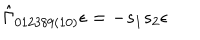
LaTeX: \hat { \Gamma } _ { 0 1 2 3 8 9 ( 1 0 ) } \epsilon = - s _ { 1 } s _ { 2 } \epsilon